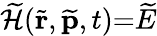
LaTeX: \widetilde{\mathcal{H}}(\widetilde{\mathbf{r}},\widetilde{\mathbf{p}},t){=}\widetilde{E}